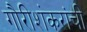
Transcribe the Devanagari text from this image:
गौरीशंकरांची